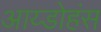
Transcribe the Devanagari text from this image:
आय्डोहंस